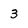
Character: 3